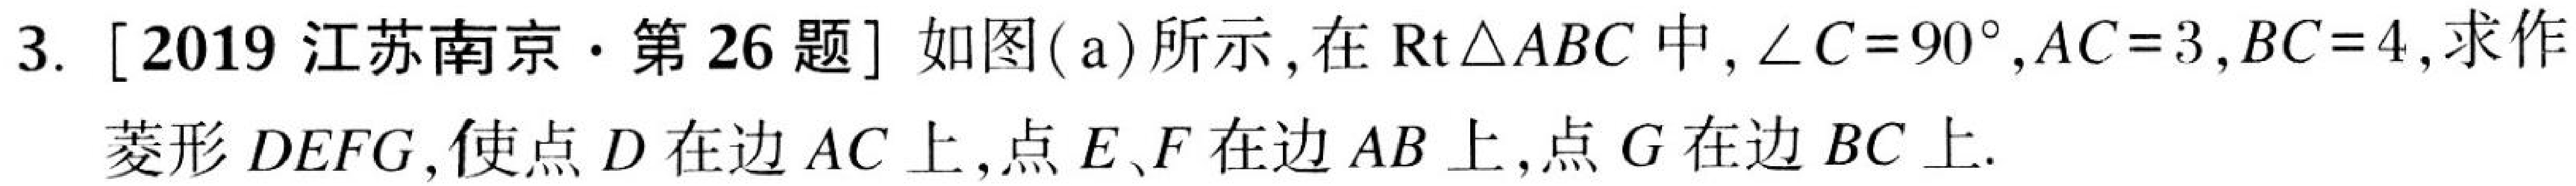
3. [2019 江苏南京·第 26 题] 如图(a)所示, 在\(\text{Rt}\triangle ABC\)中, \(\angle C = 90^{\circ},AC = 3,BC = 4\), 求作
菱形\(DEFG\),使点\(D\)在边\(AC\)上,点\(E、F\)在边\(AB\)上,点\(G\)在边\(BC\)上.